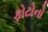
ફોટોનો